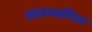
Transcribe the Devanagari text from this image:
अप्रभाविता